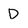
Character: D